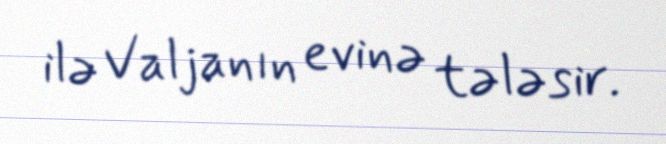
ilə Valjanın evinə tələsir.